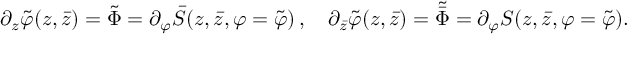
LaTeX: \partial _ { z } \tilde { \varphi } ( z , \bar { z } ) = \tilde { \Phi } = \partial _ { \varphi } \bar { S } ( z , \bar { z } , \varphi = \tilde { \varphi } ) \, , \quad \partial _ { \bar { z } } \tilde { \varphi } ( z , \bar { z } ) = \tilde { \bar { \Phi } } = \partial _ { \varphi } S ( z , \bar { z } , \varphi = \tilde { \varphi } ) .